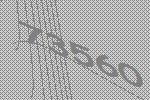
73560